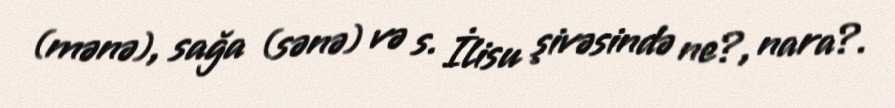
(mənə), sağa (sənə) və s. İlisu şivəsində ne?, nara?.